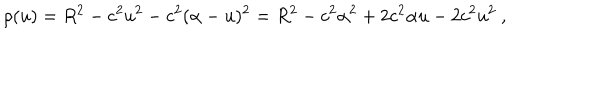
\rho ( u ) = R ^ { 2 } - c ^ { 2 } u ^ { 2 } - c ^ { 2 } ( \alpha - u ) ^ { 2 } = R ^ { 2 } - c ^ { 2 } \alpha ^ { 2 } + 2 c ^ { 2 } \alpha u - 2 c ^ { 2 } u ^ { 2 } \ ,